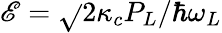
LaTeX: \mathscr{E}=\sqrt{}{{2\kappa_{c}P_{L}/\hbar\omega_{L}}}